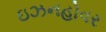
ઇઝનહોવર